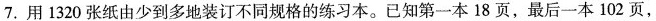
7.用1320张纸由少到多地装订不同规格的练习本。已知第一本18页，最后一本102页，